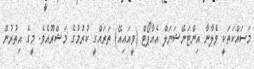
މަސައްކަތަކީ ވެލާނާ އިންޓަނޭޝަނަލް އެއާޕޯޓް (ވީއަައިއޭ) ތަރައްގީ ކުރުމުގެ މަޝްރޫއެވެ. މީގެ އިތުރުން